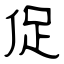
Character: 促